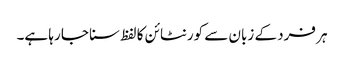
ہر فرد کے زبان سے کورنٹائن کا لفظ سنا جا رہا ہے۔